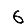
Digit: 6